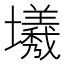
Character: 㙿